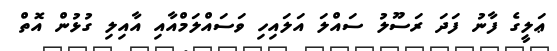
ޢަލީގެ ފާނު ފަދަ ރަަސޫލު ސައްލަ އަލައިހި ވަސައްލަމްްއާއި އާއިލި ގުޅުން އޮތް